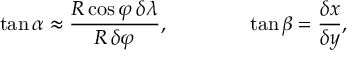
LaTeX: \tan \alpha \approx { \frac { R \cos \varphi \, \delta \lambda } { R \, \delta \varphi } } , \qquad \qquad \tan \beta = { \frac { \delta x } { \delta y } } ,